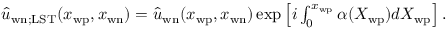
\begin{array} { r } { \hat { u } _ { \mathrm { w n } ; \mathrm { L S T } } ( x _ { \mathrm { w p } } , x _ { \mathrm { w n } } ) = \hat { u } _ { \mathrm { w n } } ( x _ { \mathrm { w p } } , x _ { \mathrm { w n } } ) \exp \left[ i \int _ { 0 } ^ { x _ { \mathrm { w p } } } \alpha ( X _ { \mathrm { w p } } ) d X _ { \mathrm { w p } } \right] . } \end{array}